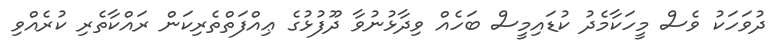
ދުވަހަކު ވެސް މީހަކާމެދު ކުޑައިމީސް ބަހެއް ވިދާޅުނުވާ ދޫފުޅުގެ ޢިއްފަތްތެރިކަން ރައްކާތެރި ކުރެއްވި